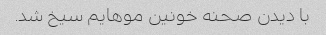
با دیدن صحنه خونین موهایم سیخ شد.